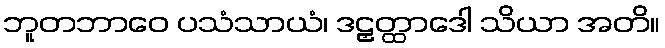
ဘူတဘာဝေ ပသံသာယံ၊ ဒဠှတ္ထာဒေါ သိယာ အတိ။